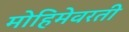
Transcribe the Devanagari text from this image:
मोहिमेवरती